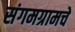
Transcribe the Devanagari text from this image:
संगमग्रामचे